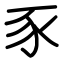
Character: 豕